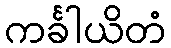
ကင်္ခါယိတံ